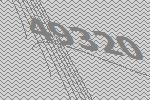
49320